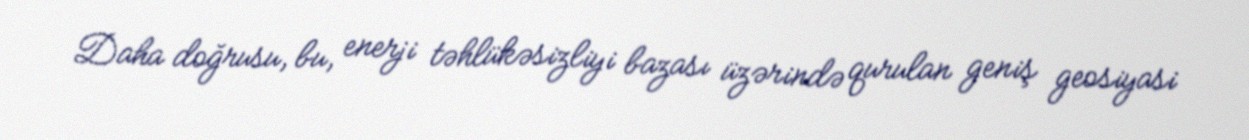
Daha doğrusu, bu, enerji təhlükəsizliyi bazası üzərində qurulan geniş geosiyasi